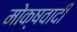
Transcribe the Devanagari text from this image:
मोक्षवादी